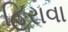
હિરાવા